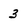
Character: 3